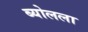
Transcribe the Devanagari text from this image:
ब्योलला